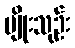
မျိုးသုဉ်း